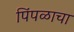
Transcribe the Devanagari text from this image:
पिंपळाचा